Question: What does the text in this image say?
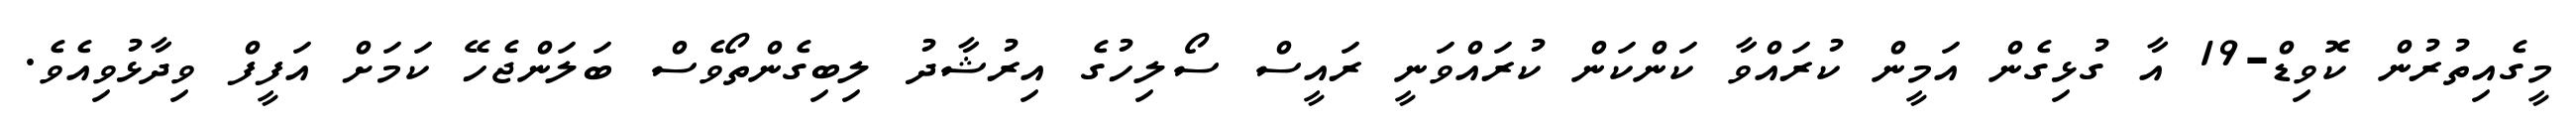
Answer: މީގެއިތުރުން ކޮވިޑް-19 އާ ގުޅިގެން އަމީން ކުރައްވާ ކަންކަން ކުރައްވަނީ ރައީސް ސޯލިހުގެ އިރުޝާދު ލިބިގެންތޯވެސް ބަލަންޖެހޭ ކަމަށް އަފީފް ވިދާޅުވިއެވެ.